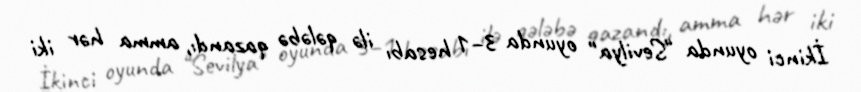
İkinci oyunda "Sevilya" oyunda 3–1 hesabı ilə qələbə qazandı, amma hər iki